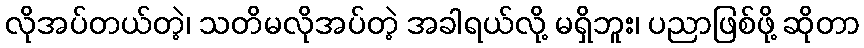
လိုအပ်တယ်တဲ့၊ သတိမလိုအပ်တဲ့ အခါရယ်လို့ မရှိဘူး၊ ပညာဖြစ်ဖို့ ဆိုတာ